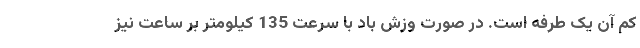
کم آن یک طرفه است. در صورت وزش باد با سرعت 135 کیلومتر بر ساعت نیز